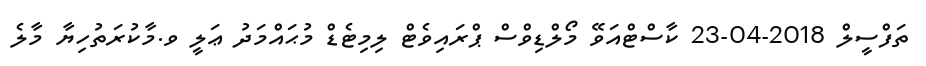
ތަފްސީލް 2018-04-23 ކާސްޓްއަވޭ މޯލްޑިވްސް ޕްރައިވެޓް ލިމިޓެޑް މުޙައްމަދު ޢަލީ ވ.މާކުރަތުހިޔާ މާލެ